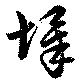
墿